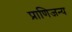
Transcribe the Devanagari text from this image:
प्राणिजन्य